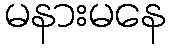
မနားမနေ